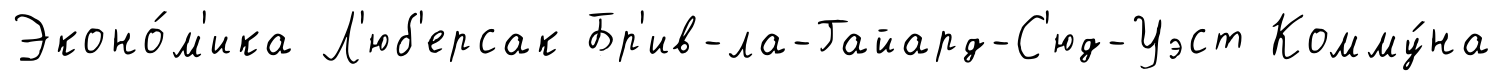
Эконо́м'ика Л'юб'ерсак Бр'ив-ла-Гайард-С'юд-Уэст Комму́на